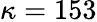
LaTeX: \kappa=153